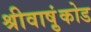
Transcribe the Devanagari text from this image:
श्रीवाष़ुंकोड